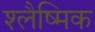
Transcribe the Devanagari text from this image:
श्‍लैष्‍मिक